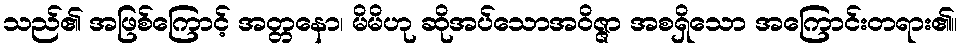
သည်၏ အဖြစ်ကြောင့် အတ္တနော၊ မိမိဟု ဆိုအပ်သောအဝိဇ္ဇာ အစရှိသော အကြောင်းတရား၏။